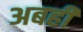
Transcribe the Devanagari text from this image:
अबहीं